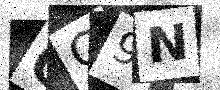
Text: QG9N